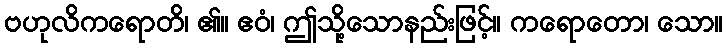
ဗဟုလိကရောတိ၊ ၏။ ဧဝံ၊ ဤသို့သောနည်းဖြင့်။ ကရောတော၊ သော။